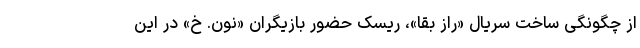
از چگونگی ساخت سریال «راز بقا»، ریسک حضور بازیگران «نون. خ» در این